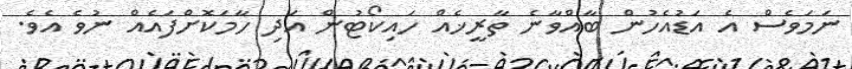
ނަމަވެސް އެ އަޑުއެހުން ބާއްވާނެ ތާރީޚެއް ހައިކޯޓުން އަދި ހާމަކޮށްފައެއް ނުވެ އެވެ.